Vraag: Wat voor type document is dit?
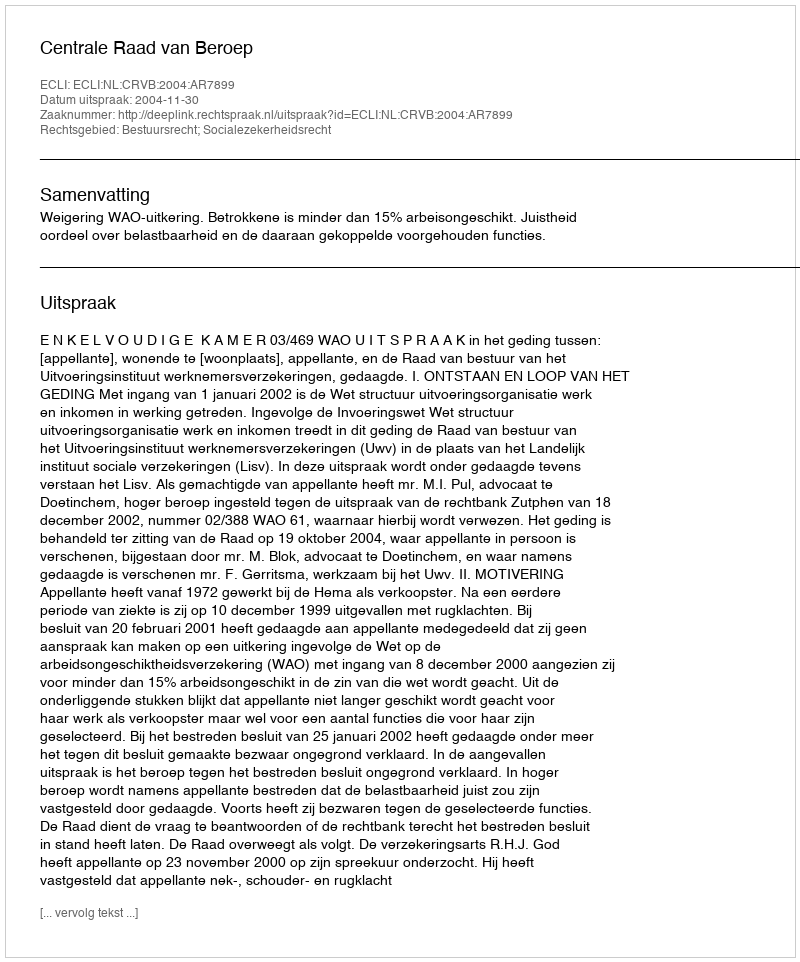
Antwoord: Uitspraak